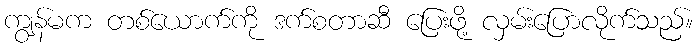
ကျွန်မက တစ်ယောက်ကို ဒက်စတာဆီ ပြေးဖို့ လှမ်းပြောလိုက်သည်။